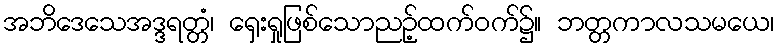
အဘိဒေသေအဒ္ဒရတ္တံ၊ ရှေးရှုဖြစ်သောညဉ့်ထက်ဝက်၌။ ဘတ္တကာလသမယေ၊